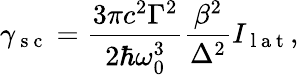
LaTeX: \gamma_{\mathrm{~s~c~}}=\frac{3\pi c^{2}\Gamma^{2}}{2\hbar\omega_{0}^{3}}\frac{\beta^{2}}{\Delta^{2}}I_{\mathrm{~l~a~t~}},